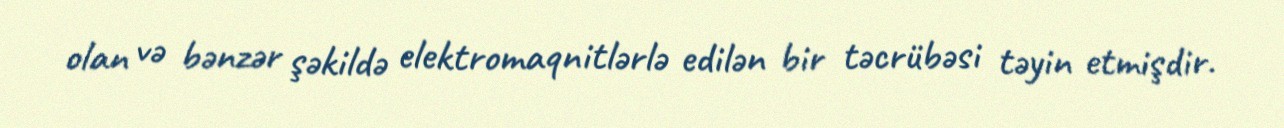
olan və bənzər şəkildə elektromaqnitlərlə edilən bir təcrübəsi təyin etmişdir.